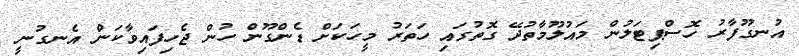
އުނގޫފާރު ހޮސްޕިޓަލުން މައުލޫމާތުދޭ ގޮތުގައި ހަތަރު މީހަކަށް ޑެންގޫން ހުން ޖެހިފައިވާކަން އެނގުނީ